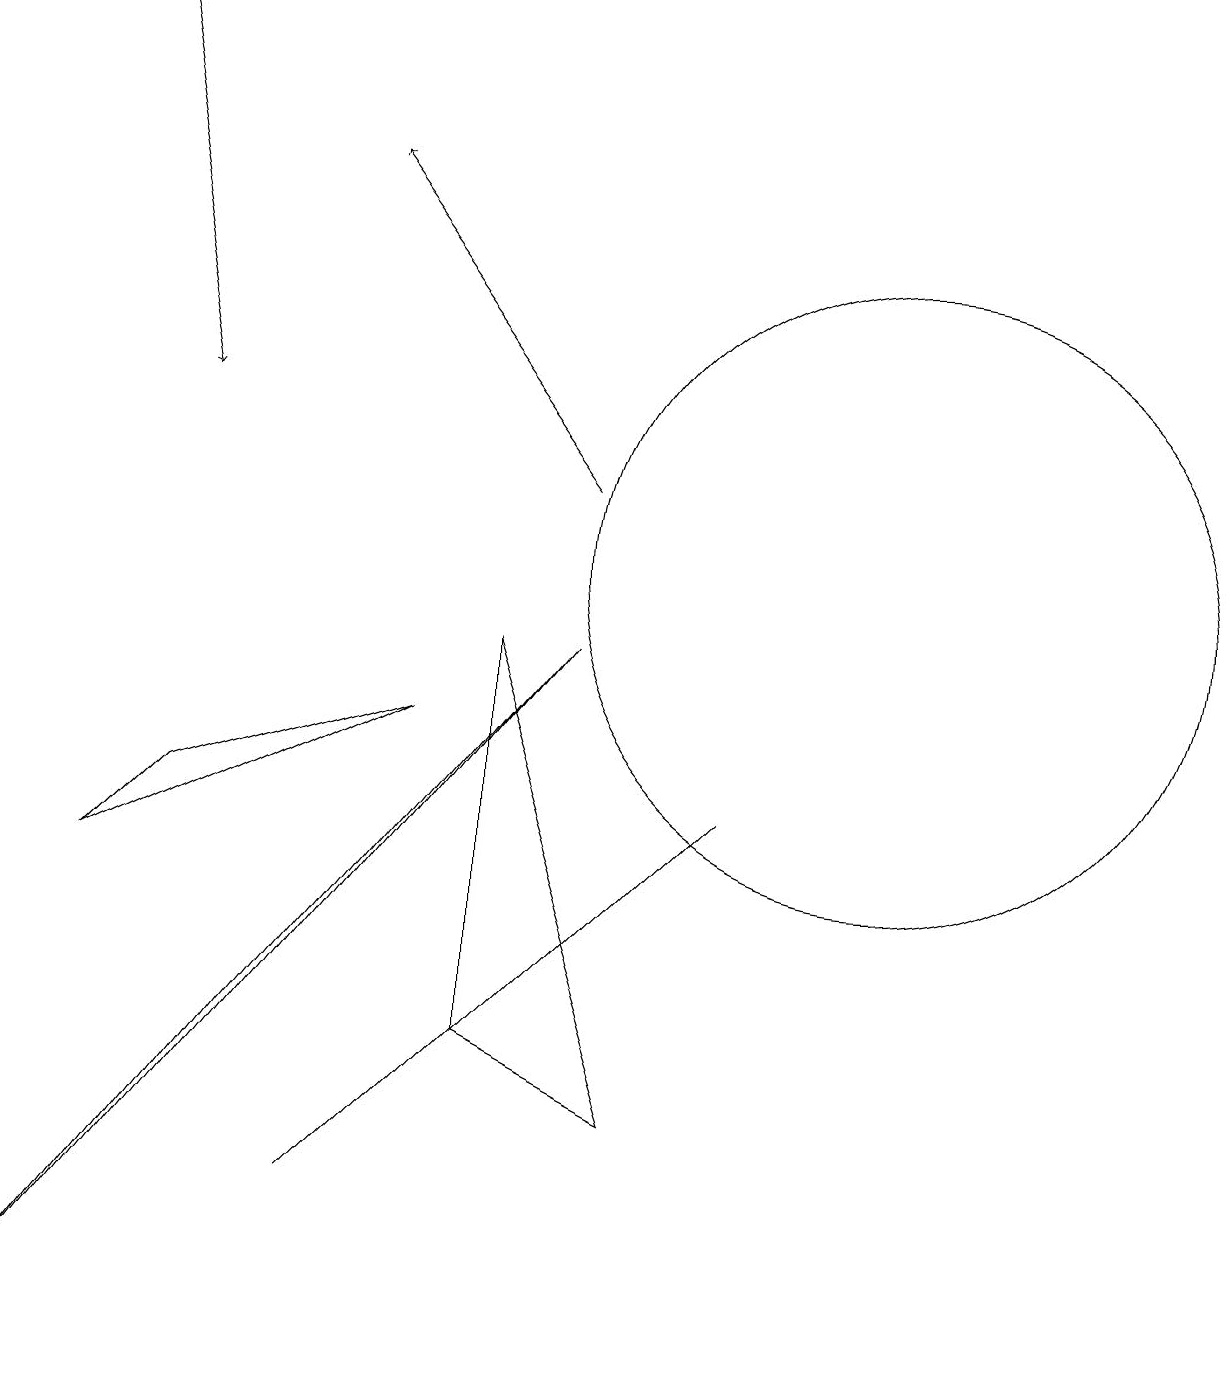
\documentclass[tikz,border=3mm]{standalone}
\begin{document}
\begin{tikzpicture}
\draw (11,10) circle (4);
\draw[->] (7,11) -- (4,15);
\draw (9,7) -- (4,2) -- (5,3) -- cycle;
\draw (3,4) -- (7,9) -- (0,0) -- cycle;
\draw (6,4) -- (6,9) -- (8,3) -- cycle;
\draw (2,7) -- (1,6) -- (5,8) -- cycle;
\draw[->] (1,17) -- (2,12);
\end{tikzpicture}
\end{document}